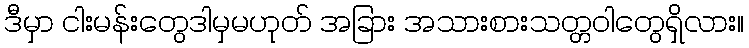
ဒီမှာ ငါးမန်းတွေဒါမှမဟုတ် အခြား အသားစားသတ္တဝါတွေရှိလား။